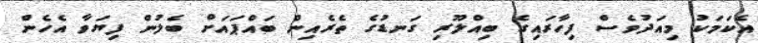
އެކަމަކު މިއަދުވެސް ފިހާރައިގެ ބިއްލޫރި ގަނޑުގެ ތެރެއިން ބައްޕައަށް ބެލުން ފިޔަވާ އެހެން